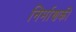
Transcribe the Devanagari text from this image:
निर्माणकी